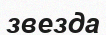
звезда